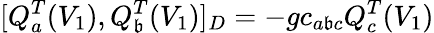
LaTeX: [Q_{a}^{T}(V_{1}),Q_{\mathfrak{b}}^{T}(V_{1})]_{D}=-gc_{a\mathfrak{b}c}Q_{c}^{T}(V_{1})